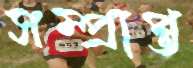
সম্প্রাপ্ত